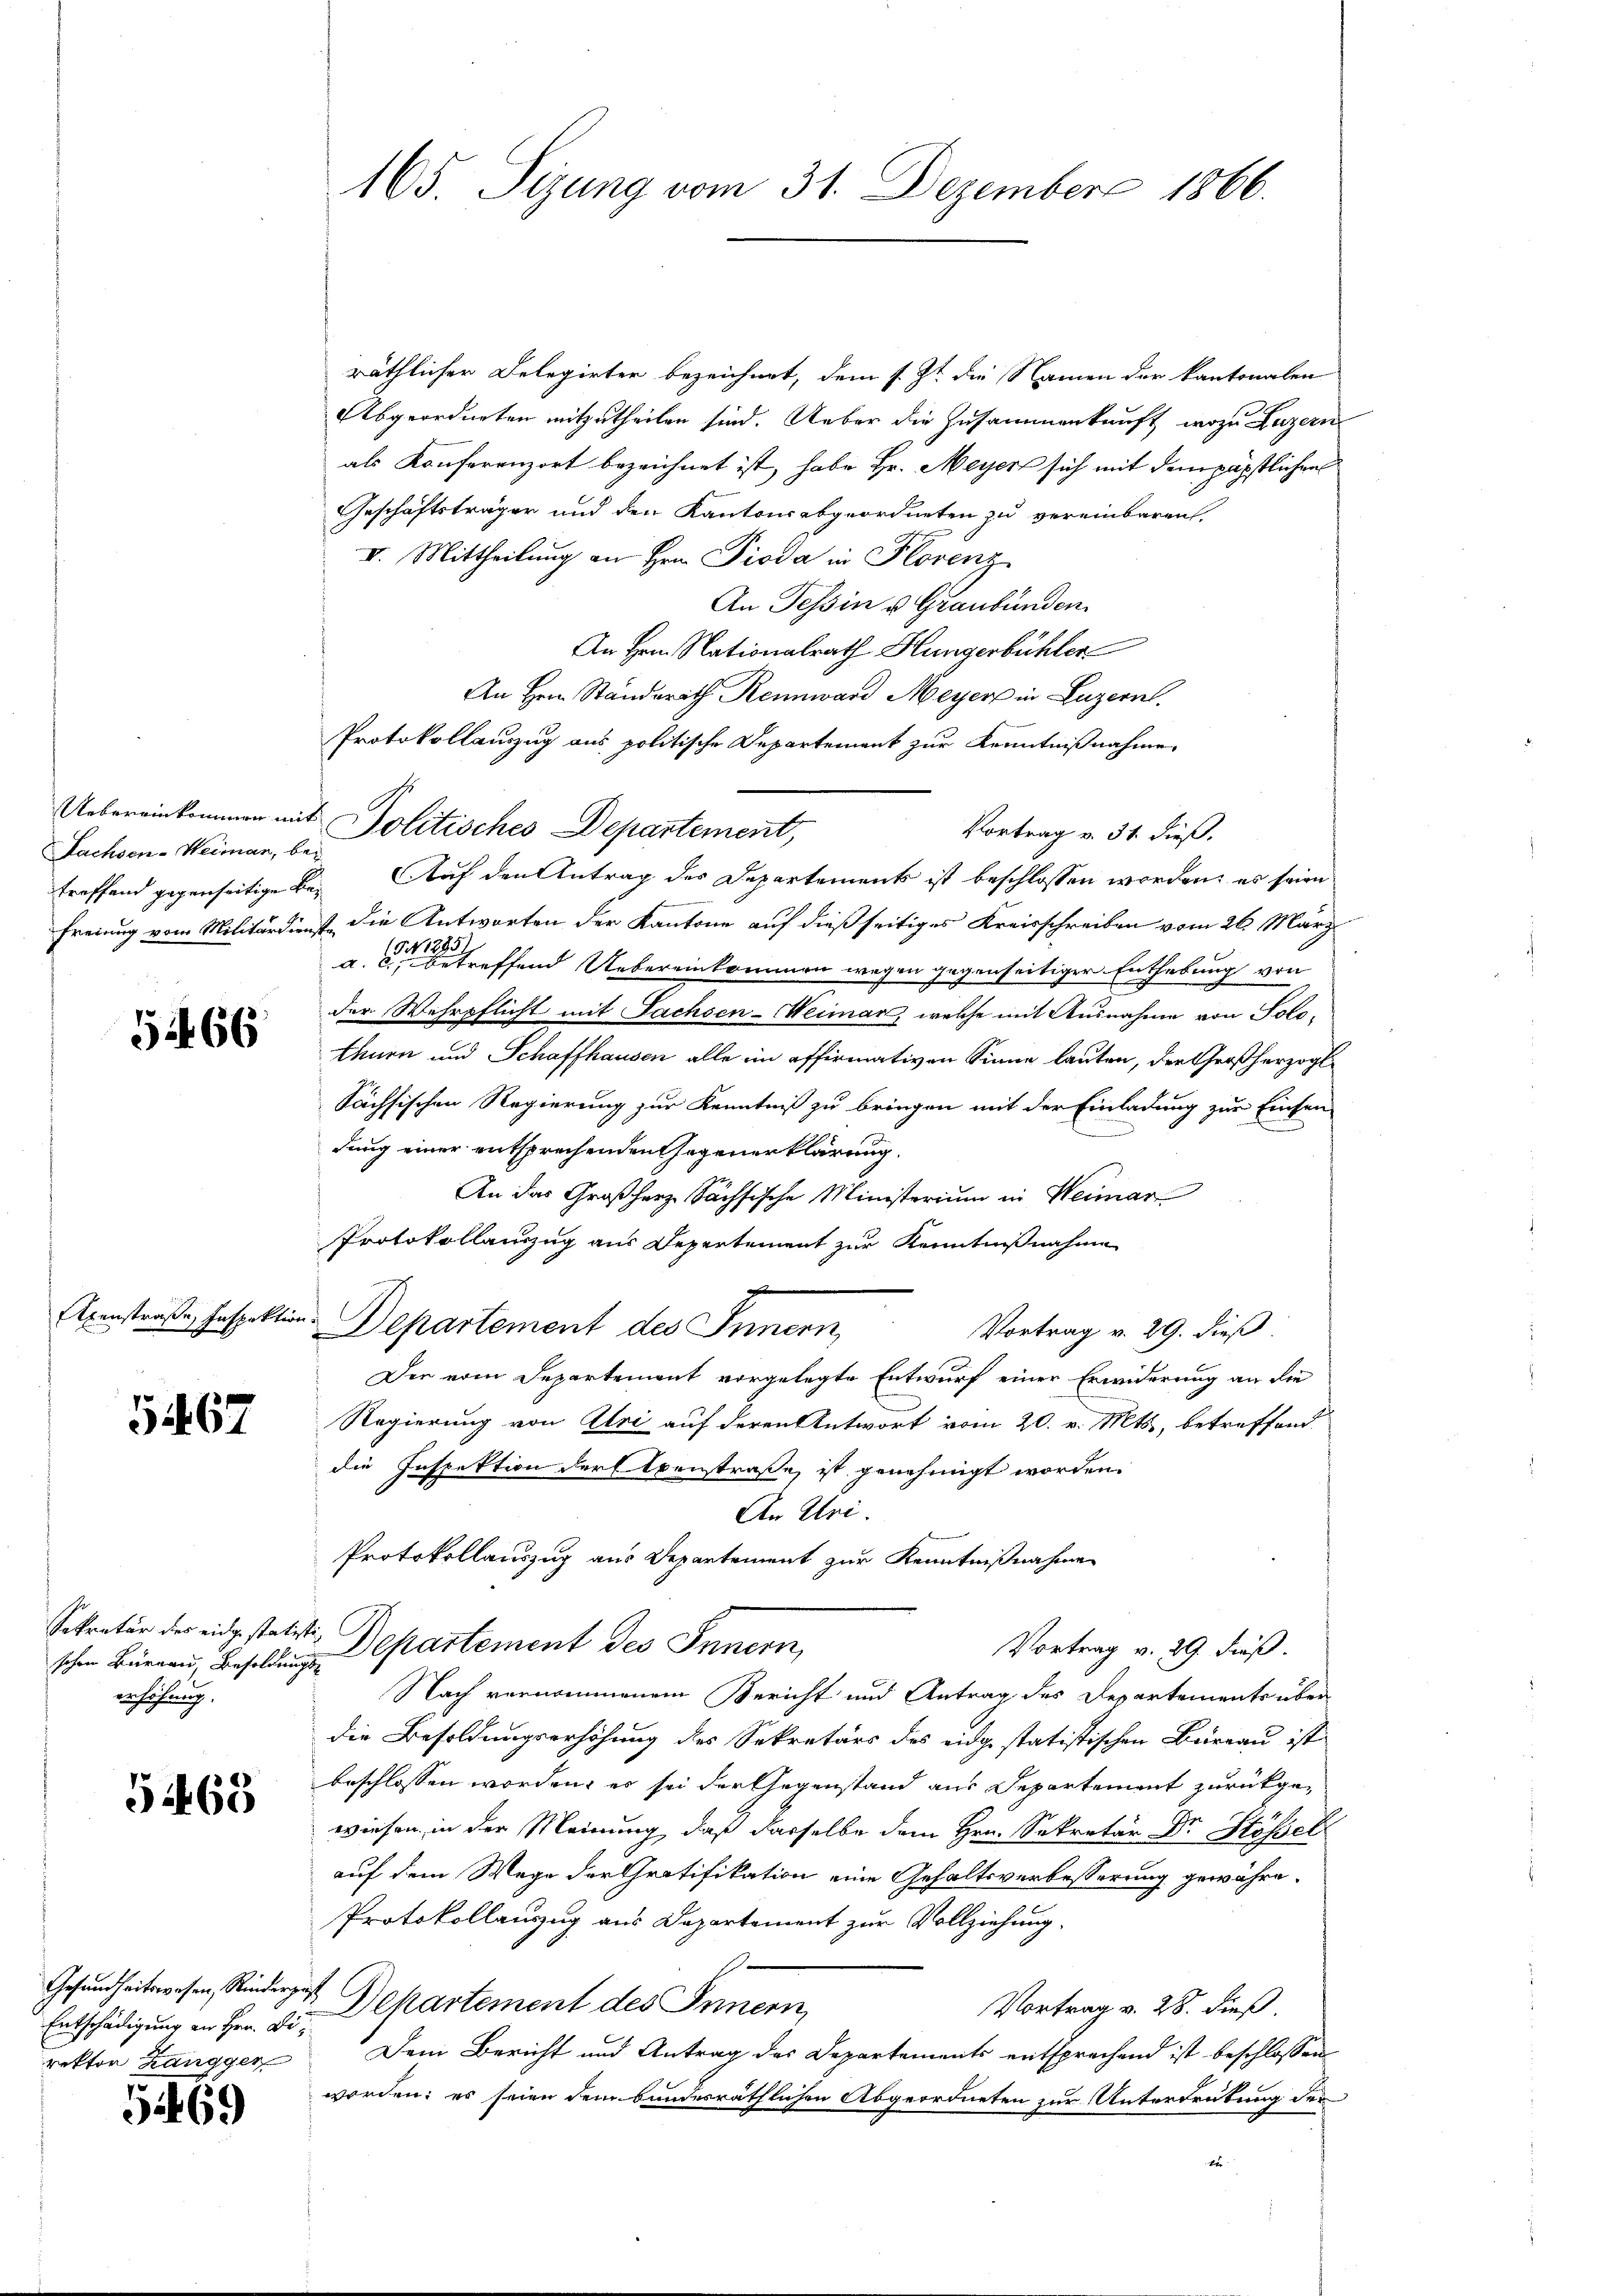
Uebereinkommen mi
Fachsen-Weimar, b
treffend gegenseitige
Freiung vom Militärdie

5266

Axenstraße, Inspektion.

1467

Sekretär des eidgestatschen Büreau, Besoldung
erhöhung.

51465

Gesundheitswesen, Kinderguß
Entschädigung an Hrn. Direktor Zangger

51469

165. Sizung vom 31. Dezember 1866.

räthlicher Delegirter bezeichnet, dem s. Zt. die Namen der kantonalen
Abgeordneten mitzutheilen sind. Ueber die Zusammenkunft, wozu Luzern
als Konferenzort bezeichnet ist, habe Hr. Meyer sich mit dem päpstlichen
Geschäftsträger und den Kantonsabgeordneten zu vereinbaren,
V. Mittheilung an Hrn. Pioda in Plorenz
An Tessin u. Graubünden
An Hrn. Nationalrath Hungerbühler
An Herr Standsrath Rennward Meyer in Luzern.
Protokollauszug aus politische Departement zur Kenntnißnahme
it. Politisches Departement,
Vortrag v. 31. dieß.
2
Auf den Antrag des Departements ist beschlossen worden; es seien
E
1
ist die Antworten der Kantone auf dießseitiges Kreisschreiben vom 26. März
a. die betreffend Uebereinkommen wegen gegenseitiger Enthebung von
der Wehrpflicht mit Sachsen-Weimar, welche mit Ausnahme von Solothurn und Schaffhausen alle im offirmativen Sinne lauten, der Großherzogl
Sächsischen Regierung zur Kenntniß zu bringen mit der Einladung zur Einsen
dung einer entsprechenden Gegenerklärung.
An das Großherz Sächsische Ministerium in Heimar
Protokollauszug aus Depertement zur Kenntnißnahme
Departement des Innern,
Vortrag v. 29. dieß
Der vom Departement vorgelegte Entwurf einer Erwiderung an die
Regierung von Alri auf deren Antwort vom 20. v. Mts., betreffend
die Inspektion der Exenstraße ist genehmigt worden.
An Uri.
Protokollauszug aus Departement zur Kenntnißnahme
it
Departement des Innern,
Vortrag v. 29. dieß.
g
Nach vernommenem Bericht und Antrag des Departements über
die Besoldungserhöhung des Sekretärs des eidge statistischen Bureau ist
beschlossen worden, es sei der Gegenstand aus Departement zurückgewiesen, in der Meinung, daß dasselbe dem Hrn. Sekretär Dr. Stößel
auf dem Wege der Gratifikation eine Gehaltsverbesserung gewähre.
Protokollauszug aus Departement zur Vollziehung,
Dekartement des Innern,
Vortrag v. 28. dieß.
Dem Bericht und Antrag des Departements entsprachend ist beschlossen
worden; es seien dem bundesräthlichen Abgeordneten zur Untertretung der
kofe